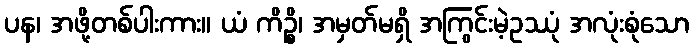
ပန၊ အဖို့တစ်ပါးကား။ ယံ ကိဉ္စိ၊ အမှတ်မရှိ အကြွင်းမဲ့ဥဿုံ အလုံးစုံသော